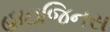
હાઇજિનસ